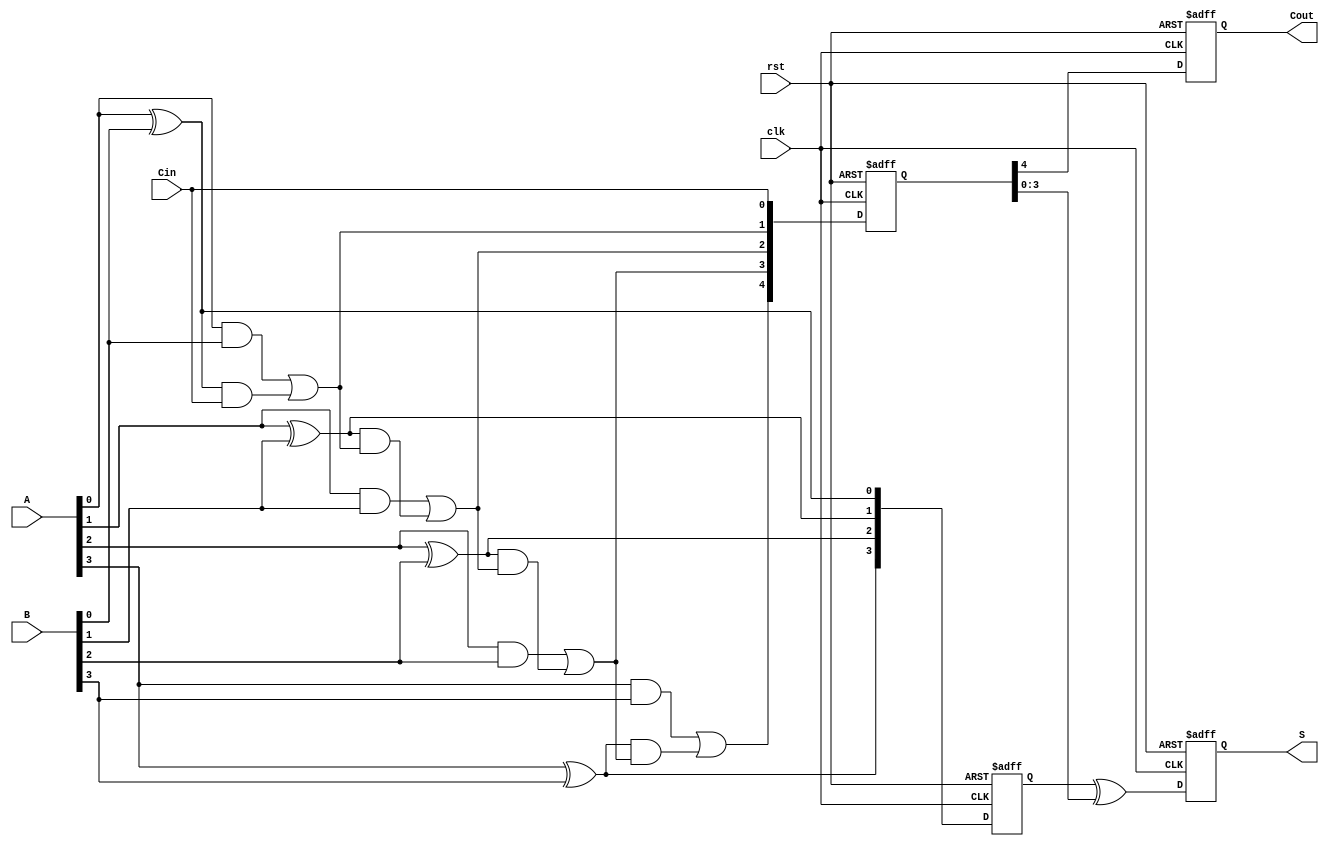
module PipelinedCLA #(parameter n = 4) (
    input wire clk,
    input wire rst,
    input wire [n-1:0] A, 
    input wire [n-1:0] B, 
    input wire Cin,
    output reg [n-1:0] S,
    output reg Cout
);

    // Stage 1: Generate and Propagate signals
    wire [n-1:0] G; // Generate signals
    wire [n-1:0] P; // Propagate signals
    reg [n-1:0] G_reg, P_reg;

    // Generate and Propagate calculations
    genvar i;
    generate
        for (i = 0; i < n; i = i + 1) begin : gen_prop
            assign G[i] = A[i] & B[i];
            assign P[i] = A[i] ^ B[i];
        end
    endgenerate

    // Stage 2: Carry signals
    wire [n:0] C; // Carry signals
    reg [n:0] C_reg;

    assign C[0] = Cin; // Initial carry-in

    // Carry generation using lookahead logic
    generate
        for (i = 0; i < n; i = i + 1) begin : carry_gen
            assign C[i+1] = G[i] | (P[i] & C[i]);
        end
    endgenerate

    // Stage 3: Sum calculation
    always @(posedge clk or posedge rst) begin
        if (rst) begin
            S <= 0;
            Cout <= 0;
            G_reg <= 0;
            P_reg <= 0;
            C_reg <= 0;
        end else begin
            // Latch G and P signals
            G_reg <= G;
            P_reg <= P;
            C_reg <= C;

            // Calculate sum and carry-out
            S <= P_reg ^ C_reg[n-1:0]; // Calculate sum
            Cout <= C_reg[n];          // Final carry-out
        end
    end

endmodule